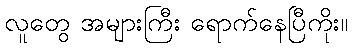
လူတွေ အများကြီး ရောက်နေပြီကိုး။